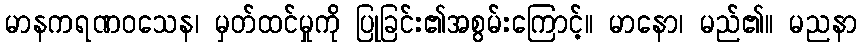
မာနကရဏဝသေန၊ မှတ်ထင်မှုကို ပြုခြင်း၏အစွမ်းကြောင့်။ မာနော၊ မည်၏။ မညနာ